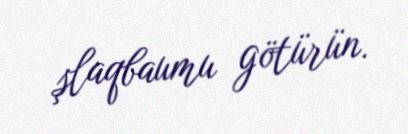
şlaqbaumu götürün.